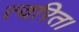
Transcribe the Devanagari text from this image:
त्वरित।